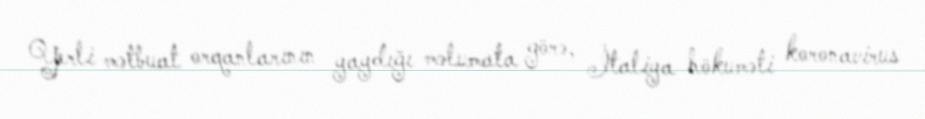
Yerli mətbuat orqanlarının yaydığı məlumata görə, İtaliya hökuməti koronavirus